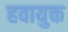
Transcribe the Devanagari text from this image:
हवायुक्त